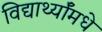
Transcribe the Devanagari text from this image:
विद्यार्थ्याँमधे